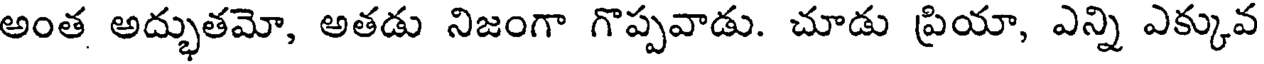
అంత అద్భుతమో, అతడు నిజంగా గొప్పవాడు. చూడు ప్రియా, ఎన్ని ఎక్కువ